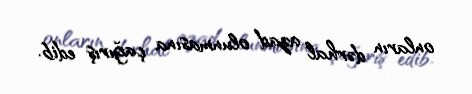
onların dərhal azad olunmasına çağırış edib.